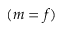
( m = f )